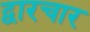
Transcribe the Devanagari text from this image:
द्वारचार